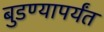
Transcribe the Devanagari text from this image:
बुडण्यापर्यंत